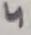
Text: 4